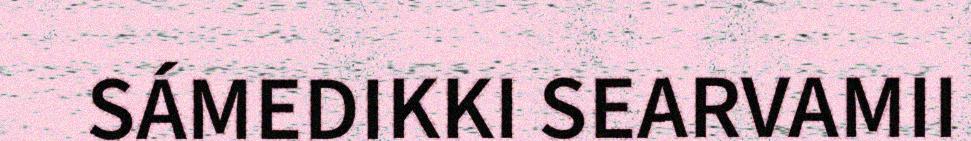
SÁMEDIKKI SEARVAMII